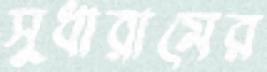
সুধারামের